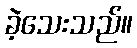
ခဲ့သေးသည်။